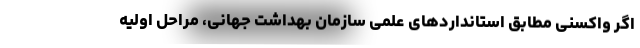
اگر واکسنی مطابق استانداردهای علمی سازمان بهداشت جهانی، مراحل اولیه